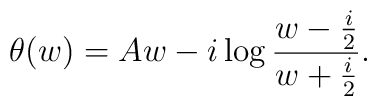
\theta(w)=Aw-i \log{w-{i\over 2} \over w+{i\over 2}}.